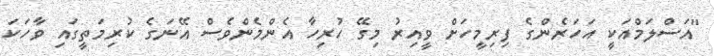
"އަސްލަމްއަކީ އަހަރެންގެ ފިރިމީހަށް ވީއިރު މިގޭ ހުރިހާ އެންމެންވެސް އޭނަގެ ކުރިމަތީގައި ވާހަކަ